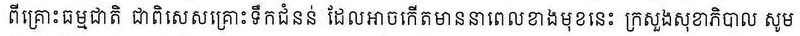
ពីគ្រោះធម្មជាតិ ជាពិសេសគ្រោះទឹកជំនន់ ដែលអាចកើតមាននាពេលខាងមុខនេះ ក្រសួងសុខាភិបាល សូម